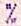
%